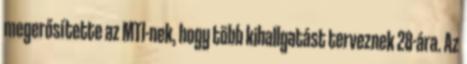
megerősítette az MTI-nek, hogy több kihallgatást terveznek 28-ára. Az